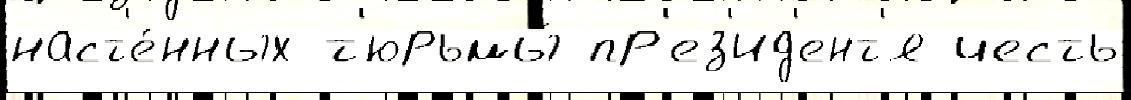
наст'е́нных т'юрьмы́ пр'ез'ид'ент'я честь